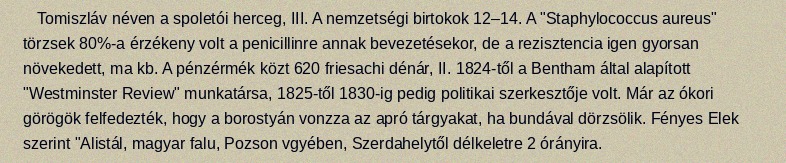
Tomiszláv néven a spoletói herceg, III. A nemzetségi birtokok 12–14. A "Staphylococcus aureus" törzsek 80%-a érzékeny volt a penicillinre annak bevezetésekor, de a rezisztencia igen gyorsan növekedett, ma kb. A pénzérmék közt 620 friesachi dénár, II. 1824-től a Bentham által alapított "Westminster Review" munkatársa, 1825-től 1830-ig pedig politikai szerkesztője volt. Már az ókori görögök felfedezték, hogy a borostyán vonzza az apró tárgyakat, ha bundával dörzsölik. Fényes Elek szerint "Alistál, magyar falu, Pozson vgyében, Szerdahelytől délkeletre 2 órányira.